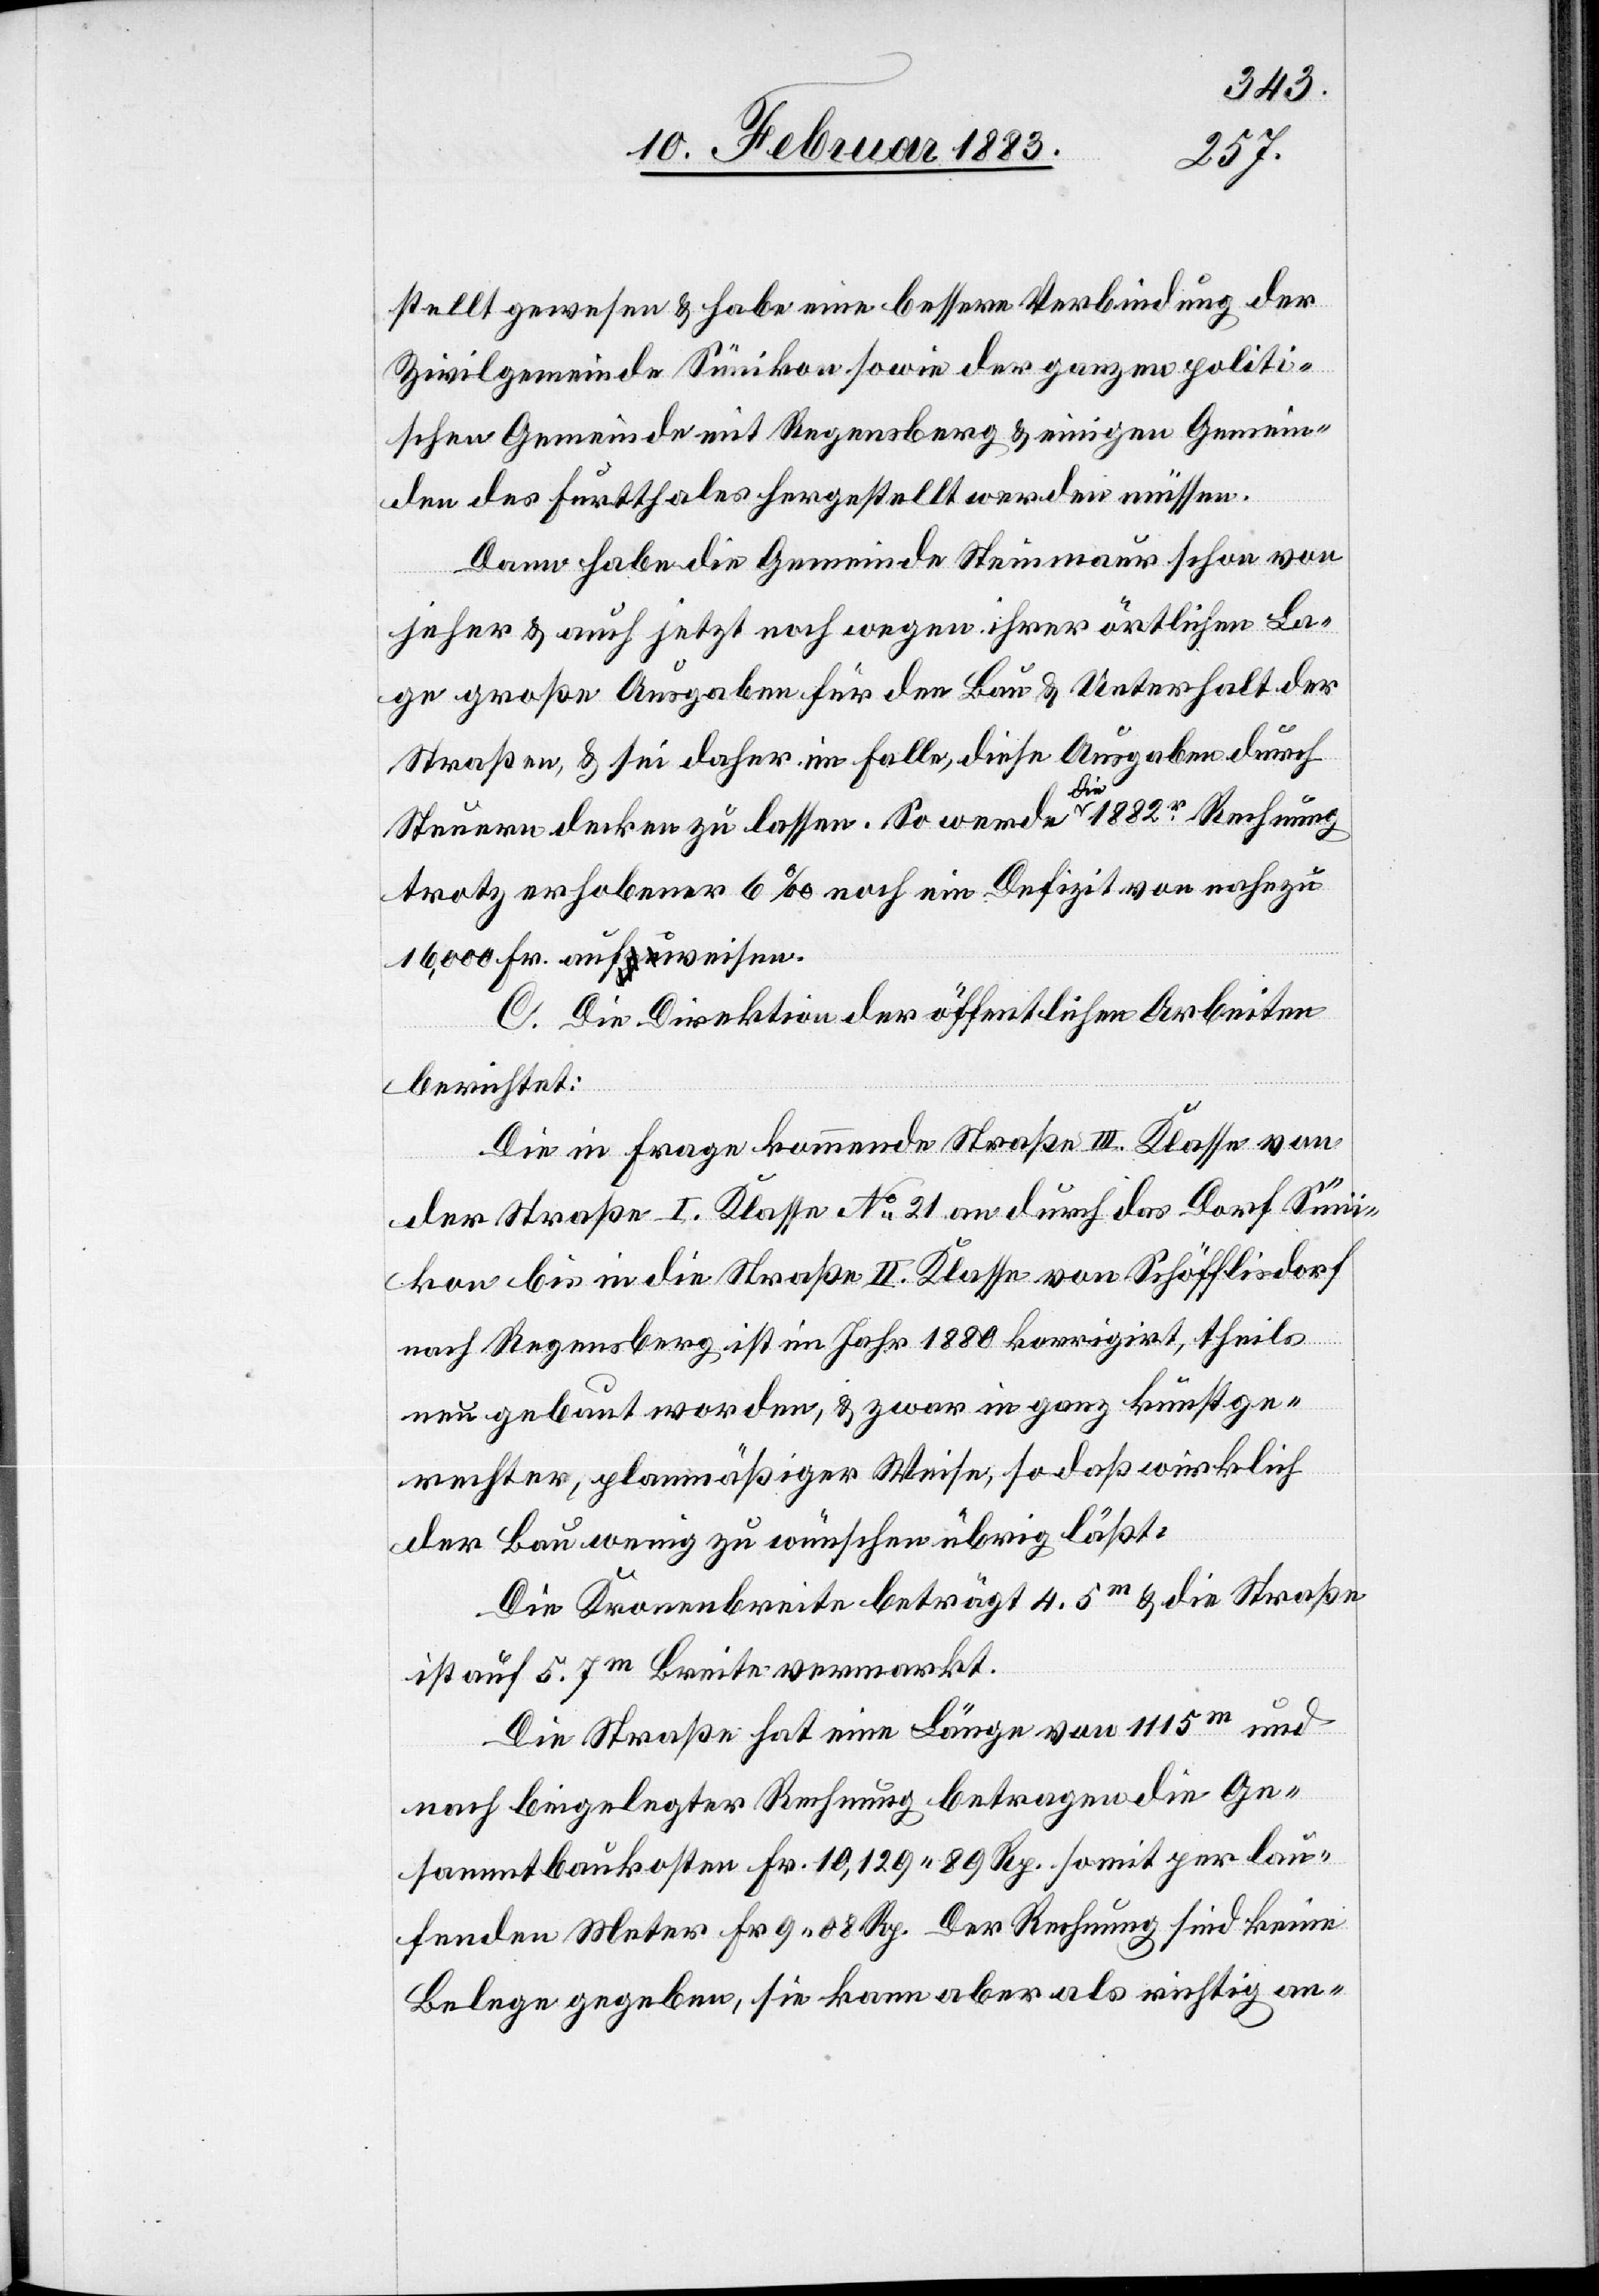
stellt gewesen & habe eine bessere Verbindung der
Zivilgemeinde Sünikon sowie der ganzen politi¬
schen Gemeinde mit Regensberg & einigen Gemein¬
den des Furtthales hergestellt werden müssen.
Dann habe die Gemeinde Steinmaur schon von
jeher & auch jetzt noch wegen ihrer örtlichen La¬
ge große Ausgaben für den Bau & Unterhalt der
Straßen, & sei daher im Falle, diese Ausgaben durch
Steuern decken zu lassen. So werde die 1882er Rechnung
trotz erhobener 6‰ noch ein Defizit von nahezu
16,000 Fr. aufweisen.
C. Die Direktion der öffentlichen Arbeiten
berichtet:
Die in Frage kommende Straße III. Klasse von
der Straße I. Klasse No 21 an durch das Dorf Süni¬
kon bis in die Straße II. Klasse von Schöfflisdorf
nach Regensberg ist im Jahr 1880 korrigirt, theils
neu gebaut worden, & zwar in ganz kunstge¬
rechter, planmäßiger Weise, so daß wirklich
der Bau wenig zu wünschen übrig läßt.
Die Kronenbreite beträgt 4.5m & die Straße
ist auf 5.7m Breite vermarkt.
Die Straße hat eine Länge von 1115m und
nach beigelegter Rechnung betragen die Ge¬
sammtbaukosten Fr. 10,129 89 Rp., somit per lau¬
fenden Meter Fr. 9 08 Rp. Der Rechnung sind keine
Belege gegeben, sie kann aber als richtig an-